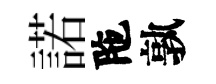
諾陁孰